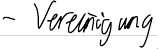
- Vereinigung